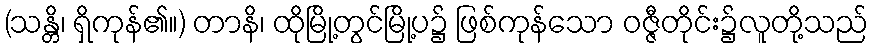
(သန္တိ၊ ရှိကုန်၏။) တာနိ၊ ထိုမြို့တွင်မြို့ပ၌ ဖြစ်ကုန်သော ဝဇ္ဇီတိုင်း၌လူတို့သည်